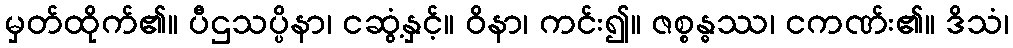
မှတ်ထိုက်၏။ ပီဌသပ္ပိနာ၊ ငဆွံ့နှင့်။ ဝိနာ၊ ကင်း၍။ ဇစ္စန္ဓဿ၊ ငကဏ်း၏။ ဒိသံ၊